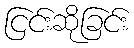
ငြင်းဆိုခြင်း